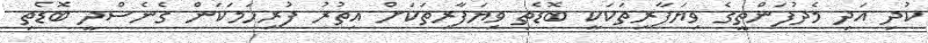
ކުދި އަދި މެދުފަންތީގެ ވިޔަފާރިތަކަކީ ބޮޑެތި ވިޔަފާރިތަކަށް އިތުރު ފުރިހަމަކަން ގެނެސްދީ ބޮޑެތި